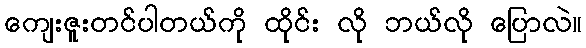
ကျေးဇူးတင်ပါတယ်ကို ထိုင်း လို ဘယ်လို ပြောလဲ။